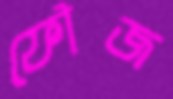
ফৌজ